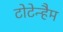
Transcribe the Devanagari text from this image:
टोटेन्हैम